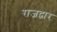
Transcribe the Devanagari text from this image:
राजद्वार